Report of the Indian Hemp Drugs Commission, 1894-1895 - Volume VI
Year: 1894
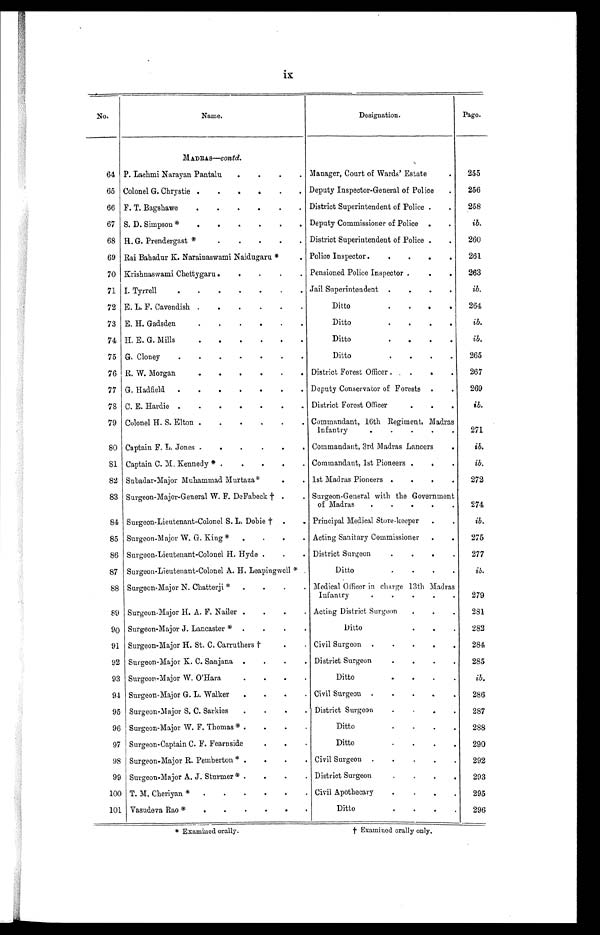
ix
No.
Name.
Designation.
Page.
MADRAS—Contd.
64 P. Lachmi Narayan Pantalu . . .
Manager, Court of Wards' Estate . . .
255
65 Colonel G. Chrystie . . .
Deputy Inspector-General of Police . . .
256
66 F. T. Bagshawe . . .
District Superintendent of Police . . .
258
67 S. D. Simpson * . . .
Deputy Commissioner of Police . . .
ib.
68 H. G. Prendergast * . . .
District Superintendent of Police . . .
260
69 Rai Bahadur K. Narainaswami Naidugaru * . . .
Police Inspector . . .
261
70 Krishnaswami Chettygaru . . .
Pensioned Police Inspector . . .
263
71 I. Tyrrell . . .
Jail Superintendent . . .
ib.
72 E. L. F. Cavendish . . .
Ditto . . .
264
73 E. H. Gadsden . . .
Ditto . . .
ib.
74 H. E. G. Mills . . .
Ditto . . .
ib.
75 G. Cloney . . .
Ditto . . .
265
76 R. W. Morgan . . .
District Forest Officer . . .
267
77 G. Hadfield . . .
Deputy Conservator of Forests . . .
269
78 C. E. Hardie . . .
District Forest Officer . . .
ib.
79 Colonel H. S. Elton . . .
Commandant, 16th Regiment, Madras
Infantry . . .
271
80 Captain F. L. Jones . . .
Commandant, 3rd Madras Lancers . . .
ib.
81 Captain C. M. Kennedy * . . .
Commandant, 1st Pioneers . . .
ib.
82 Subadar-Major Muhammad Murtaza * . . .
1st Madras Pioneers . . .
272
83 Surgeon-Major-General W. F. DeFabeck † . . .
Surgeon-General with the Government
of Madras . . .
274
84 Surgeon-Lieutenant-Colonel S. L. Dobie † . . .
Principal Medical Store-keeper . . .
i b .
85 Surgeon-Major W. G. King * . . .
Acting Sanitary Commissioner . . .
275
86 Surgeon-Lieutenant-Colonel H. Hyde . . .
District Surgeon . . .
277
87 Surgeon-Lieutenant-Colonel A. H. Leapingwell * . . .
Ditto . . .
i b .
88 Surgeon-Major N. Chatterji * . . . Medical Officer in charge 13th Madras
Infantry . . .
279
89 Surgeon-Major H. A. F. Nailer . . . Acting District Surgeon . . .
281
90 Surgeon-Major J. Lancaster * . . .
Ditto . . .
282
91 Surgeon-Major H. St. C. Carruthers † . . . Civil Surgeon . . .
284
92 Surgeon-Major K. C. Sanjana . . . District Surgeon . . .
285
93 Surgeon-Major W. O'Hara . . .
Ditto . . .
ib.
94 Surgeon-Major G. L. Walker . . . Civil Surgeon . . .
286
95 Surgeon-Major S. C. Sarkies . . . District Surgeon . . .
287
96 Surgeon-Major W. F. Thomas * . . .
Ditto . . .
288
97 Surgeon-Captain C. F. Fearnside . . .
Ditto . . .
290
98 Surgeon-Major R. Pemberton * . . . Civil Surgeon . . .
292
99 Surgeon-Major A. J. Sturmer * . . . District Surgeon . . .
293
100 T. M. Cheriyan *
.
.
. Civil Apothecary . . .
295
101 Vasudeva Rao *
.
.
.
Ditto . . .
296
* Examined orally. †
Examined orally only.